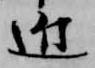
近